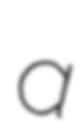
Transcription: a